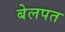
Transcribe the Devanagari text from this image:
बेलपत